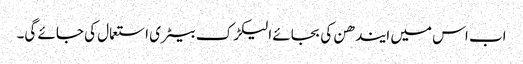
اب اس میں ایندھن کی بجائے الیکڑک بیٹری استعمال کی جائے گی۔